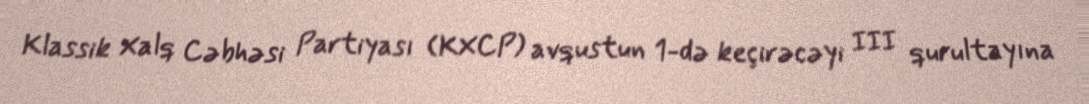
Klassik Xalq Cəbhəsi Partiyası (KXCP) avqustun 1-də keçirəcəyi III qurultayına